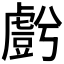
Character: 𮓬